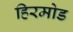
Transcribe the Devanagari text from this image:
हिरमोड